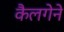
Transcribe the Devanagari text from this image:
कैलगेने